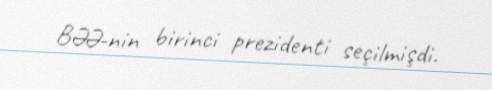
BƏƏ-nin birinci prezidenti seçilmişdi.